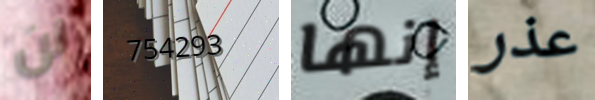
لن 754293 إنها عذر